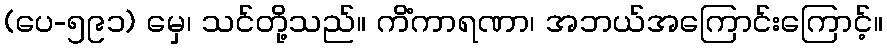
(ပေ-၅၉၁) မှေ၊ သင်တို့သည်။ ကိံကာရဏာ၊ အဘယ်အကြောင်းကြောင့်။